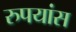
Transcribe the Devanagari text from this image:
रुपयांस